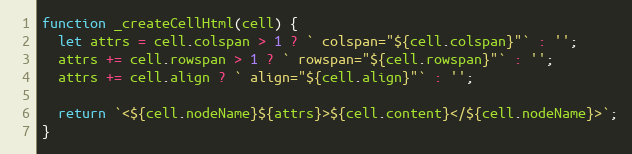
Language: JavaScript
function _createCellHtml(cell) {
  let attrs = cell.colspan > 1 ? ` colspan="${cell.colspan}"` : '';
  attrs += cell.rowspan > 1 ? ` rowspan="${cell.rowspan}"` : '';
  attrs += cell.align ? ` align="${cell.align}"` : '';

  return `<${cell.nodeName}${attrs}>${cell.content}</${cell.nodeName}>`;
}